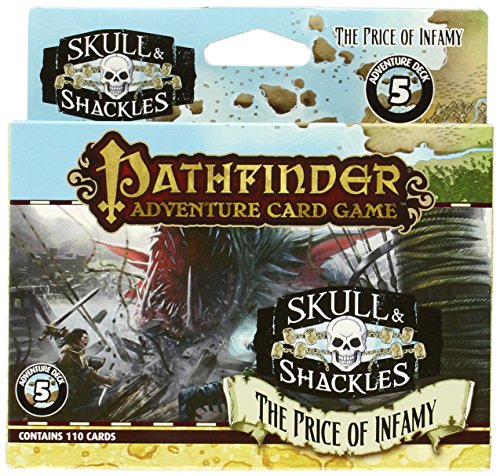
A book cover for Pathfinder Adventure Card Game: Skull & Shackles Adventure Deck 5 - The Price of Infamy; Mike Selinker; Science Fiction & Fantasy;